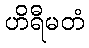
ဟိရီမတံ